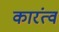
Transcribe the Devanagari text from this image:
कारंत्व